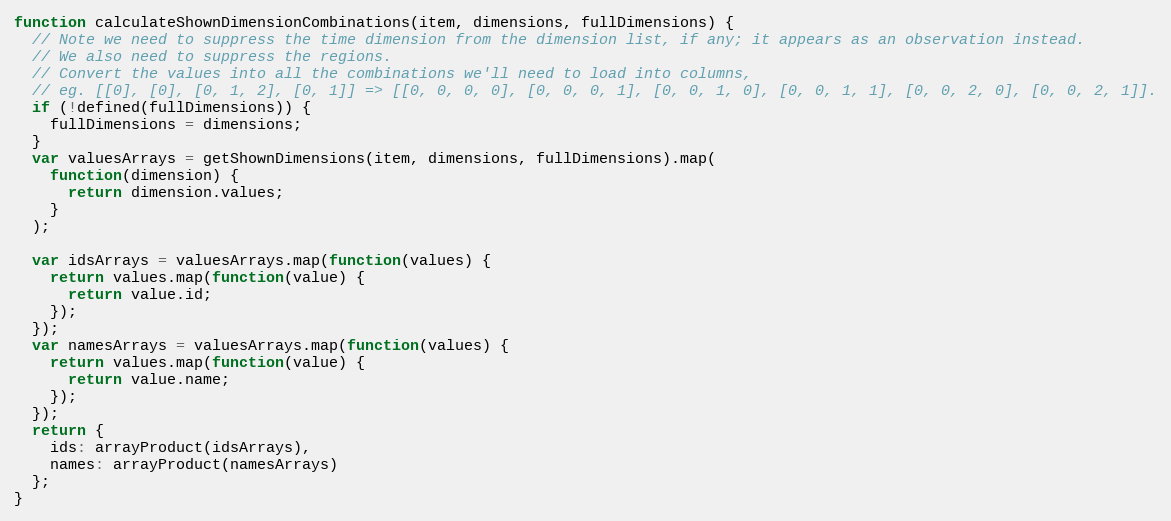
Language: JavaScript
function calculateShownDimensionCombinations(item, dimensions, fullDimensions) {
  // Note we need to suppress the time dimension from the dimension list, if any; it appears as an observation instead.
  // We also need to suppress the regions.
  // Convert the values into all the combinations we'll need to load into columns,
  // eg. [[0], [0], [0, 1, 2], [0, 1]] => [[0, 0, 0, 0], [0, 0, 0, 1], [0, 0, 1, 0], [0, 0, 1, 1], [0, 0, 2, 0], [0, 0, 2, 1]].
  if (!defined(fullDimensions)) {
    fullDimensions = dimensions;
  }
  var valuesArrays = getShownDimensions(item, dimensions, fullDimensions).map(
    function(dimension) {
      return dimension.values;
    }
  );

  var idsArrays = valuesArrays.map(function(values) {
    return values.map(function(value) {
      return value.id;
    });
  });
  var namesArrays = valuesArrays.map(function(values) {
    return values.map(function(value) {
      return value.name;
    });
  });
  return {
    ids: arrayProduct(idsArrays),
    names: arrayProduct(namesArrays)
  };
}